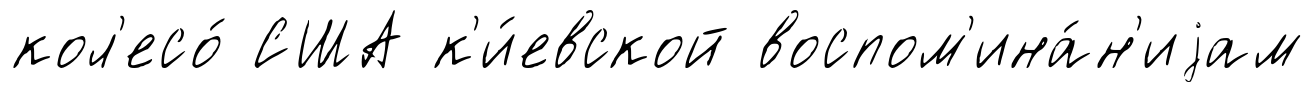
кол'есо́ США к'и́евской воспом'ина́н'иjам